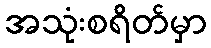
အသုံးစရိတ်မှာ